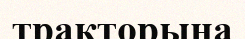
тракторына